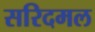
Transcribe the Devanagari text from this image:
सरिदमल